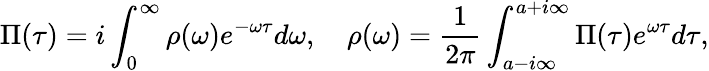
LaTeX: \Pi(\tau)=i\int_{0}^{\infty}\rho(\omega)e^{-\omega\tau}d\omega,\quad\rho(\omega)=\frac{1}{2\pi}\int_{a-i\infty}^{a+i\infty}\Pi(\tau)e^{\omega\tau}d\tau,